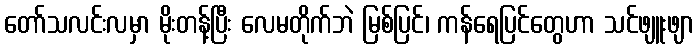
တော်သလင်းလမှာ မိုးတန့်ပြီး လေမတိုက်ဘဲ မြစ်ပြင်၊ ကန်ရေပြင်တွေဟာ သင်ဖျူးဖျာ